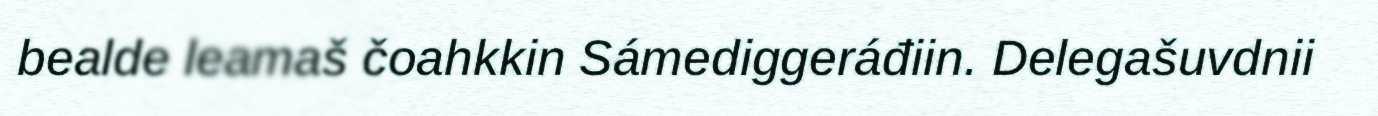
bealde leamaš čoahkkin Sámediggeráđiin. Delegašuvdnii